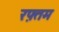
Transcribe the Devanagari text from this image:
रफ़्तम